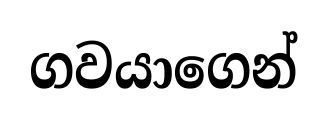
ගවයාගෙන්